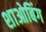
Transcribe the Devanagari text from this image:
शाओबिंग